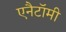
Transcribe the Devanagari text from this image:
एनैटॉमी